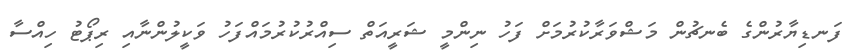
ފަނޑިޔާރުންގެ ބެނޗުން މަޝްވަރާކުރުމަށް ފަހު ނިންމީ ޝަރީއަތް ސިއްރުކުރުމައްފަހު ވަކީލުންނާއި ރިޕޯޓު ހިއްސާ